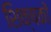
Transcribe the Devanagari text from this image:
शिक्षकों